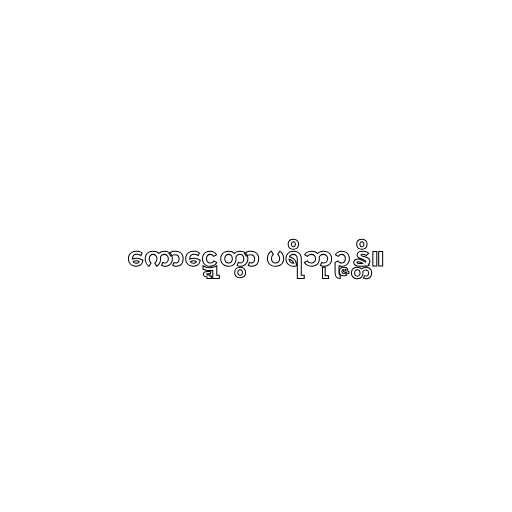
ကောဋ္ဋေတွာ ပရိဘုဉ္ဇန္တိ။